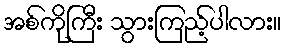
အစ်ကိုကြီး သွားကြည့်ပါလား။